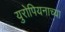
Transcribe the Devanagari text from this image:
युरोपियनाच्या